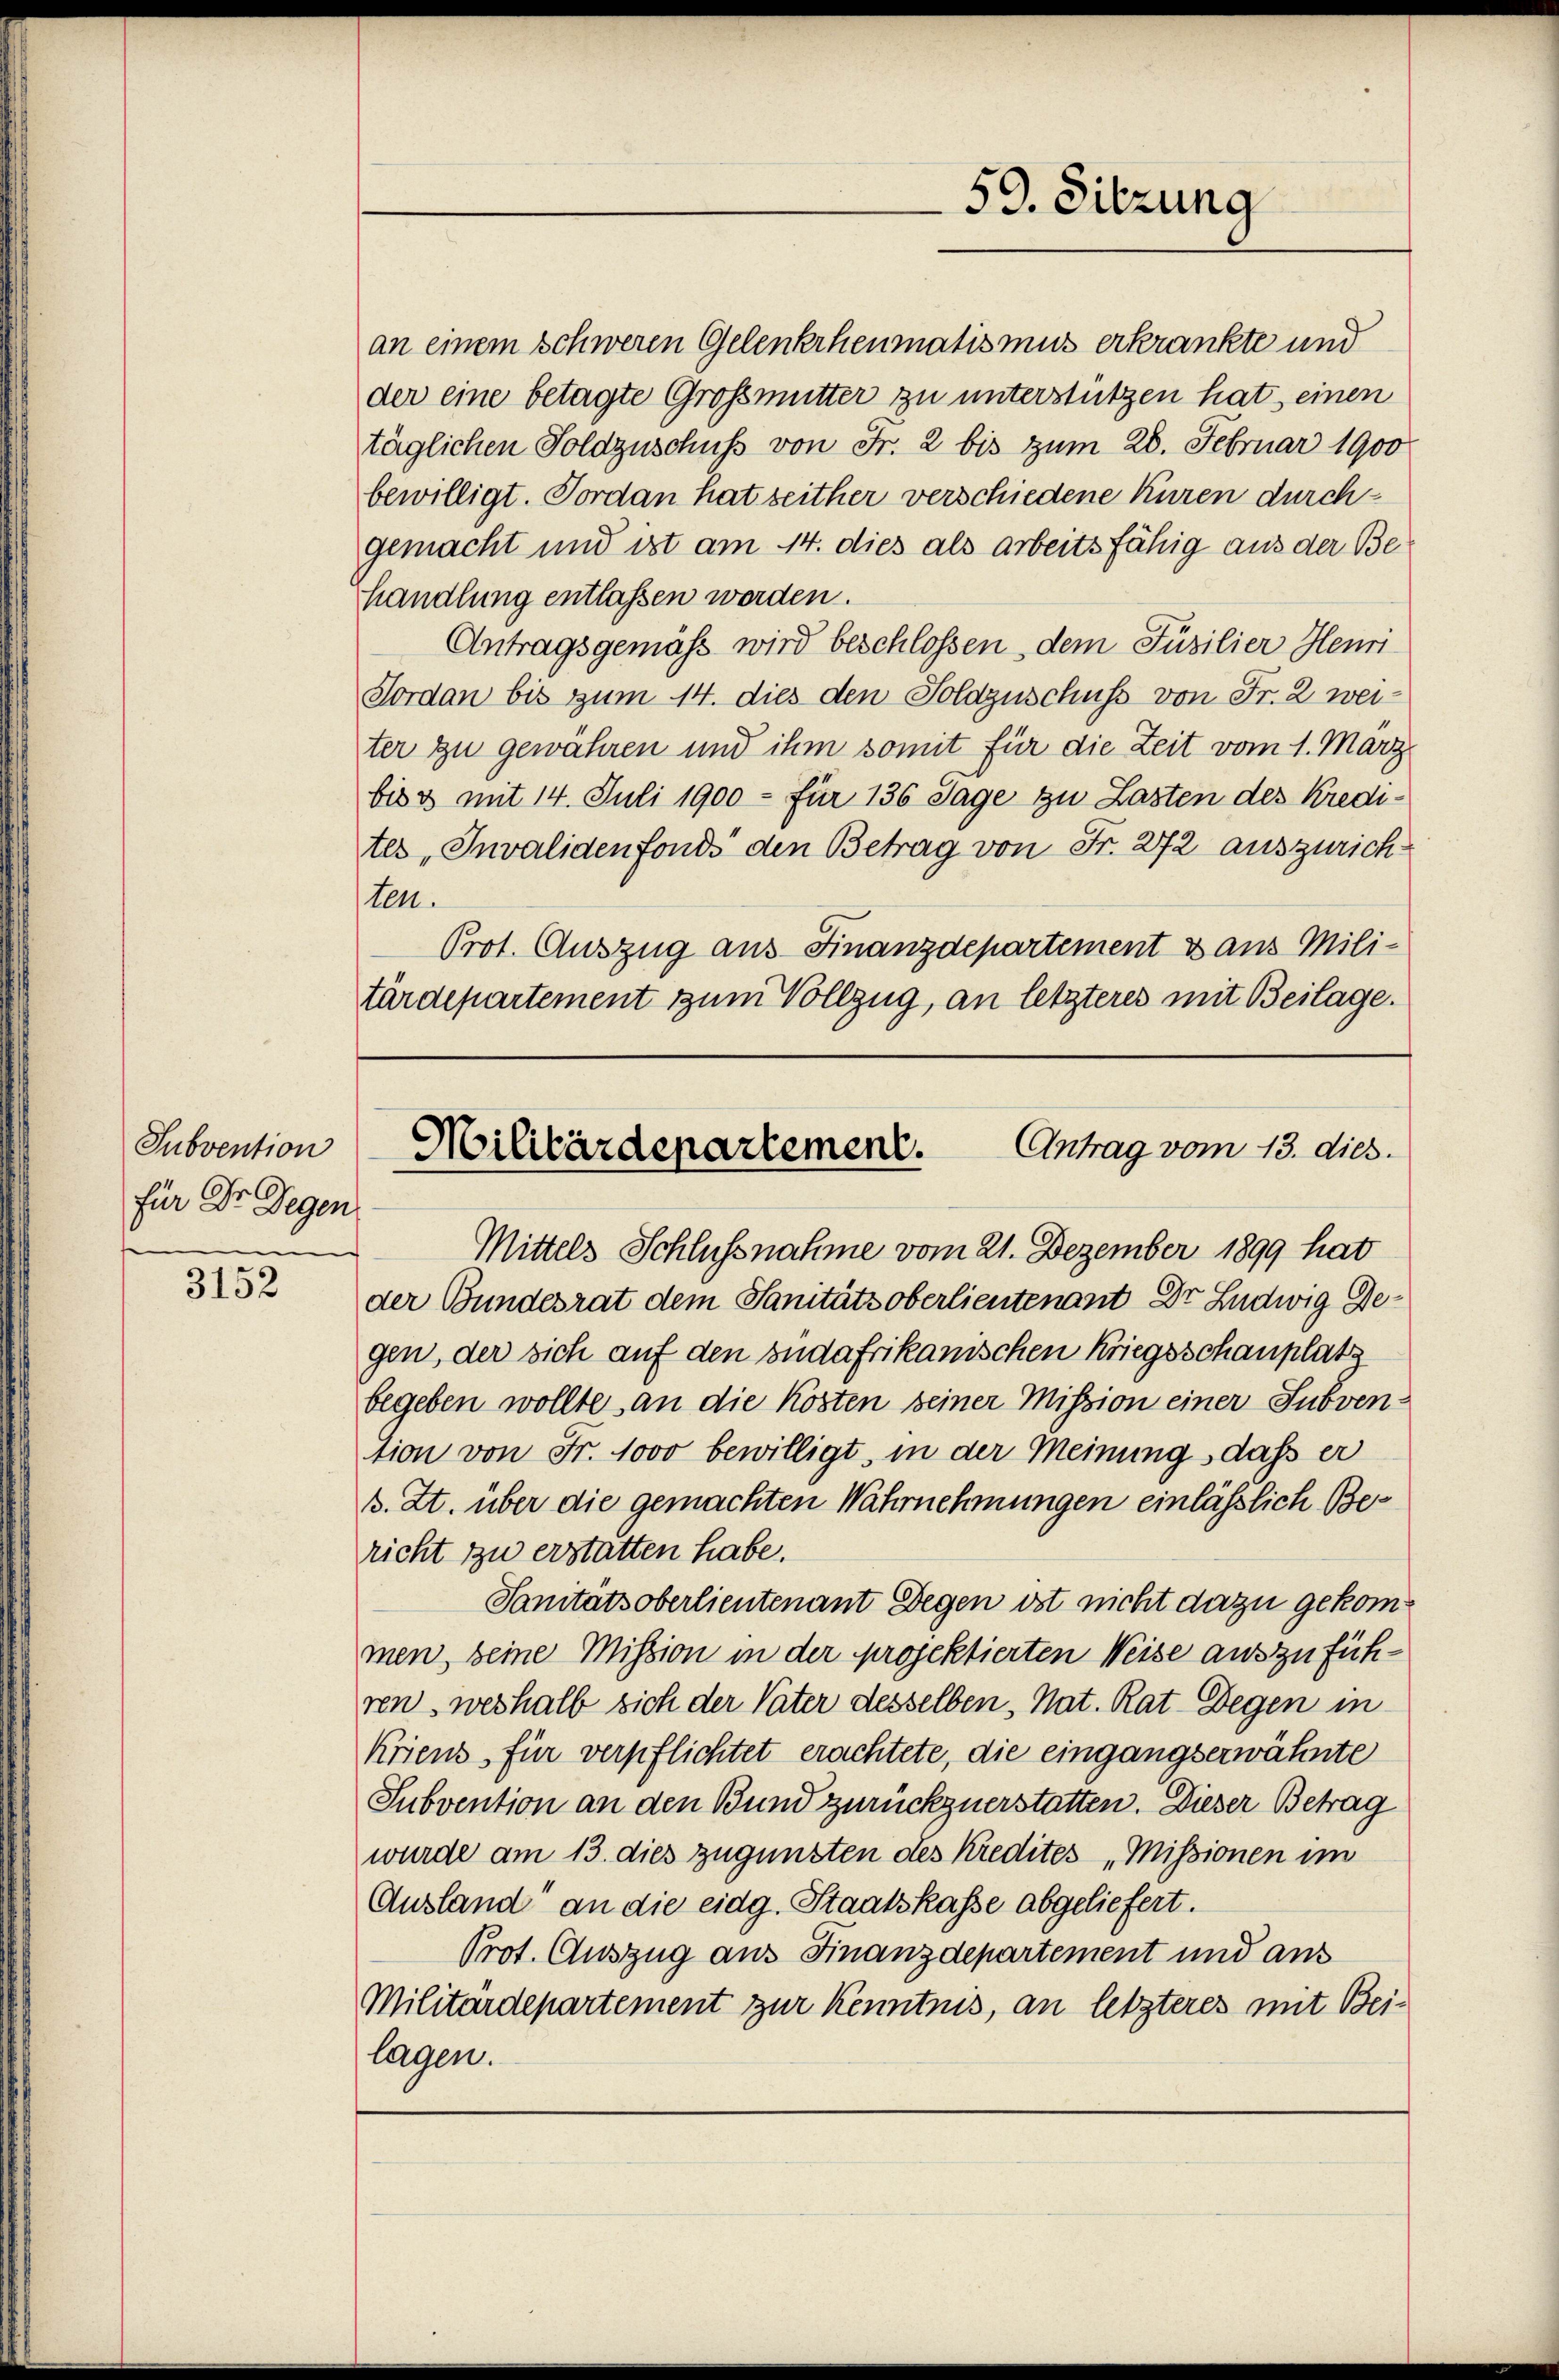
Subvention
für Dr. Gegen
.

3152

an einem schweren Gelenkrheumatismus erkrankte und
der eine betagte Großmutter zu unterstützen hat, einen
täglichen Soldzuschuss von Fr. 2 bis zum 28. Februar 1900
bewilligt. Forden hat seither verschiedene Kuren durchgemacht und ist am 14. dies als arbeitsfähig aus der Behandlung entlassen werden.
Antragsgemäß wird beschlossen, dem Füsilier Henri
Forden bis zum 14. dies den Soldzuschuss von Fr. 2 weiter zu gewähren und ihm somit für die Zeit vom 1. März
bis 3 mit 14. Juli 1900 - für 136 Tage zu Lasten des Kredi-
tes „Invalidenfonds den Betrag von Fr. 272 auszurichten.
Prot. Auszug aus-Finanzdepartement & aus Mili-
tärdepartement zum Vollzug, an letzteres mit Beilage.

59. Sitzung

Antrag vom 13. dies
Militärdepartement.

Mittels Schlussnahme vom 21. Dezember 1899 hat
der Bundesrat dem Sanitätsoberlieutenant Dr. Ludwig Gegen, der sich auf den sudafrikanischen Kriegsschauplatz
begeben wollte, an die Kosten seiner Mission einer Subvention von Fr. 1000 bewilligt, in der Meinung, dass er
s. Zt. über die gemachten Wahrnehmungen einlässlich Bericht zu erstatten habe.
Sanitätsoberlieutenant Degen ist nicht dazu gekommen, seine Mission in der projektierten Weise auszuführen, weshalb sich der Vater desselben, Nat. Rat. Wegen in
Kriens für verpflichtet erachtete, die eingangserwähnte
Subvention an den Bund zurückzuerstatten. Dieser Betrag
wurde am 13. dies zugunsten des Kredites „Missionen im
Ausland an die eidg. Staatskasse abgeliefert.
Prot. Auszug aus Finanzdepartement und aus
Militärdepartement zur Kenntnis, an letzteres mit Beilagen.